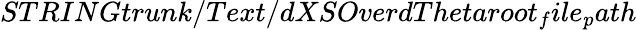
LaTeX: STRINGtrunk/Text/dXSOverdThetaroot_{f}ile_{p}ath